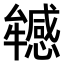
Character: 𤜁